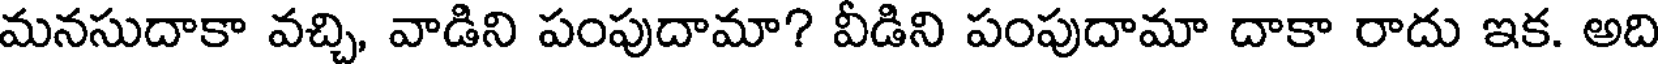
మనసుదాకా వచ్చి, వాడిని పంపుదామా? వీడిని పంపుదామా దాకా రాదు ఇక. అది